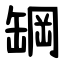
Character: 罁